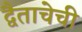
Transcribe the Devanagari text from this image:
द्वैताचेची